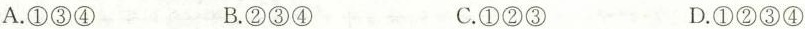
A.①③④ B.②③④ C.①②③ D.①②③④